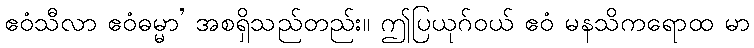
ဧဝံသီလာ ဧဝံဓမ္မာ’ အစရှိသည်တည်း။ ဤပြယုဂ်ဝယ် ဧဝံ မနသိကရောထ မာ